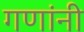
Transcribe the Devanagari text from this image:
गणांनी